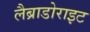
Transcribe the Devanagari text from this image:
लैब्राडोराइट